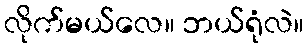
လိုက်မယ်လေ။ ဘယ်ရုံလဲ။